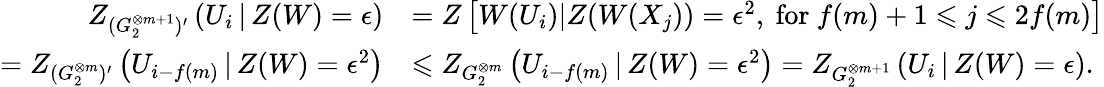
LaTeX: \begin{array}{rl}{Z_{(G_{2}^{\otimes m+1})^{\prime}}\left(U_{i}\, |\, Z(W)=\epsilon\right)}&{=Z\left[W(U_{i})|Z(W(X_{j}))=\epsilon^{2},\mathrm{~for~}f(m)+1\leqslant j\leqslant 2f(m)\right]}\\ {=Z_{(G_{2}^{\otimes m})^{\prime}}\left(U_{i-f(m)}\, |\, Z(W)=\epsilon^{2}\right)}&{\leqslant Z_{G_{2}^{\otimes m}}\left(U_{i-f(m)}\, |\, Z(W)=\epsilon^{2}\right)=Z_{G_{2}^{\otimes m+1}}\left(U_{i}\, |\, Z(W)=\epsilon\right).}\end{array}